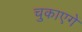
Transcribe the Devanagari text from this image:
चुकाएगें